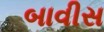
બાવીસ